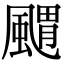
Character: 䬑